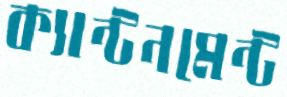
ক্যান্টনমেন্ট